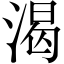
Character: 渴